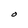
Character: O